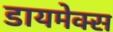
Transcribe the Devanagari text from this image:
डायमेक्स